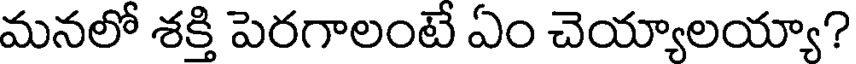
మనలో శక్తి పెరగాలంటే ఏం చెయ్యాలయ్యా?